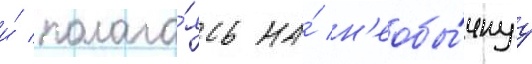
и́ полага́ясь на́ н'еобы́чнуу